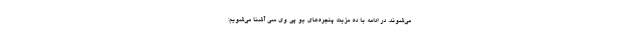
می‌شوند. در ادامه با ده مزیت پنجره‌های یو پی وی سی آشنا می‌شویم: